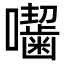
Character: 𭌰